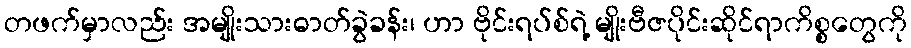
တဖက်မှာလည်း အမျိုးသားဓာတ်ခွဲခန်း၊ ဟာ ဗိုင်းရပ်စ်ရဲ့ မျိုးဗီဇပိုင်းဆိုင်ရာကိစ္စတွေကို